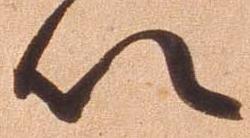
以